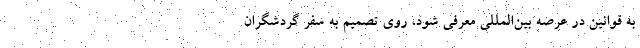
به قوانین در عرصه بین‌المللی معرفی شود، روی تصمیم به سفر گردشگران